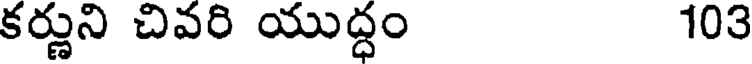
కర్ణుని చివరి యుద్ధం 103